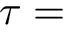
\tau =